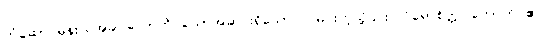
တံဆောင်မုန်းလအခါ တောက်ပသောအဆင်းရှိသော လမင်းကဲ့သို့၎င်း။ ဝိရောစိတ္တ၊ တောက်ပ၏။